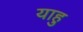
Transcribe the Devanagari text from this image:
याहु